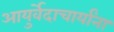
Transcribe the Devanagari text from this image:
आयुर्वेदाचार्यांना